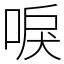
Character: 唳